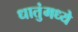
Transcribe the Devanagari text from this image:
धातुंमध्ये